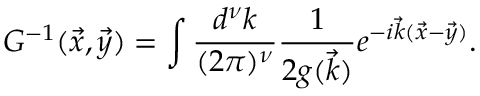
G ^ { - 1 } ( \vec { x } , \vec { y } ) = \int { \frac { d ^ { \nu } k } { ( 2 \pi ) ^ { \nu } } } { \frac { 1 } { { 2 g ( \vec { k } } ) } } e ^ { - i \vec { k } ( \vec { x } - \vec { y } ) } .